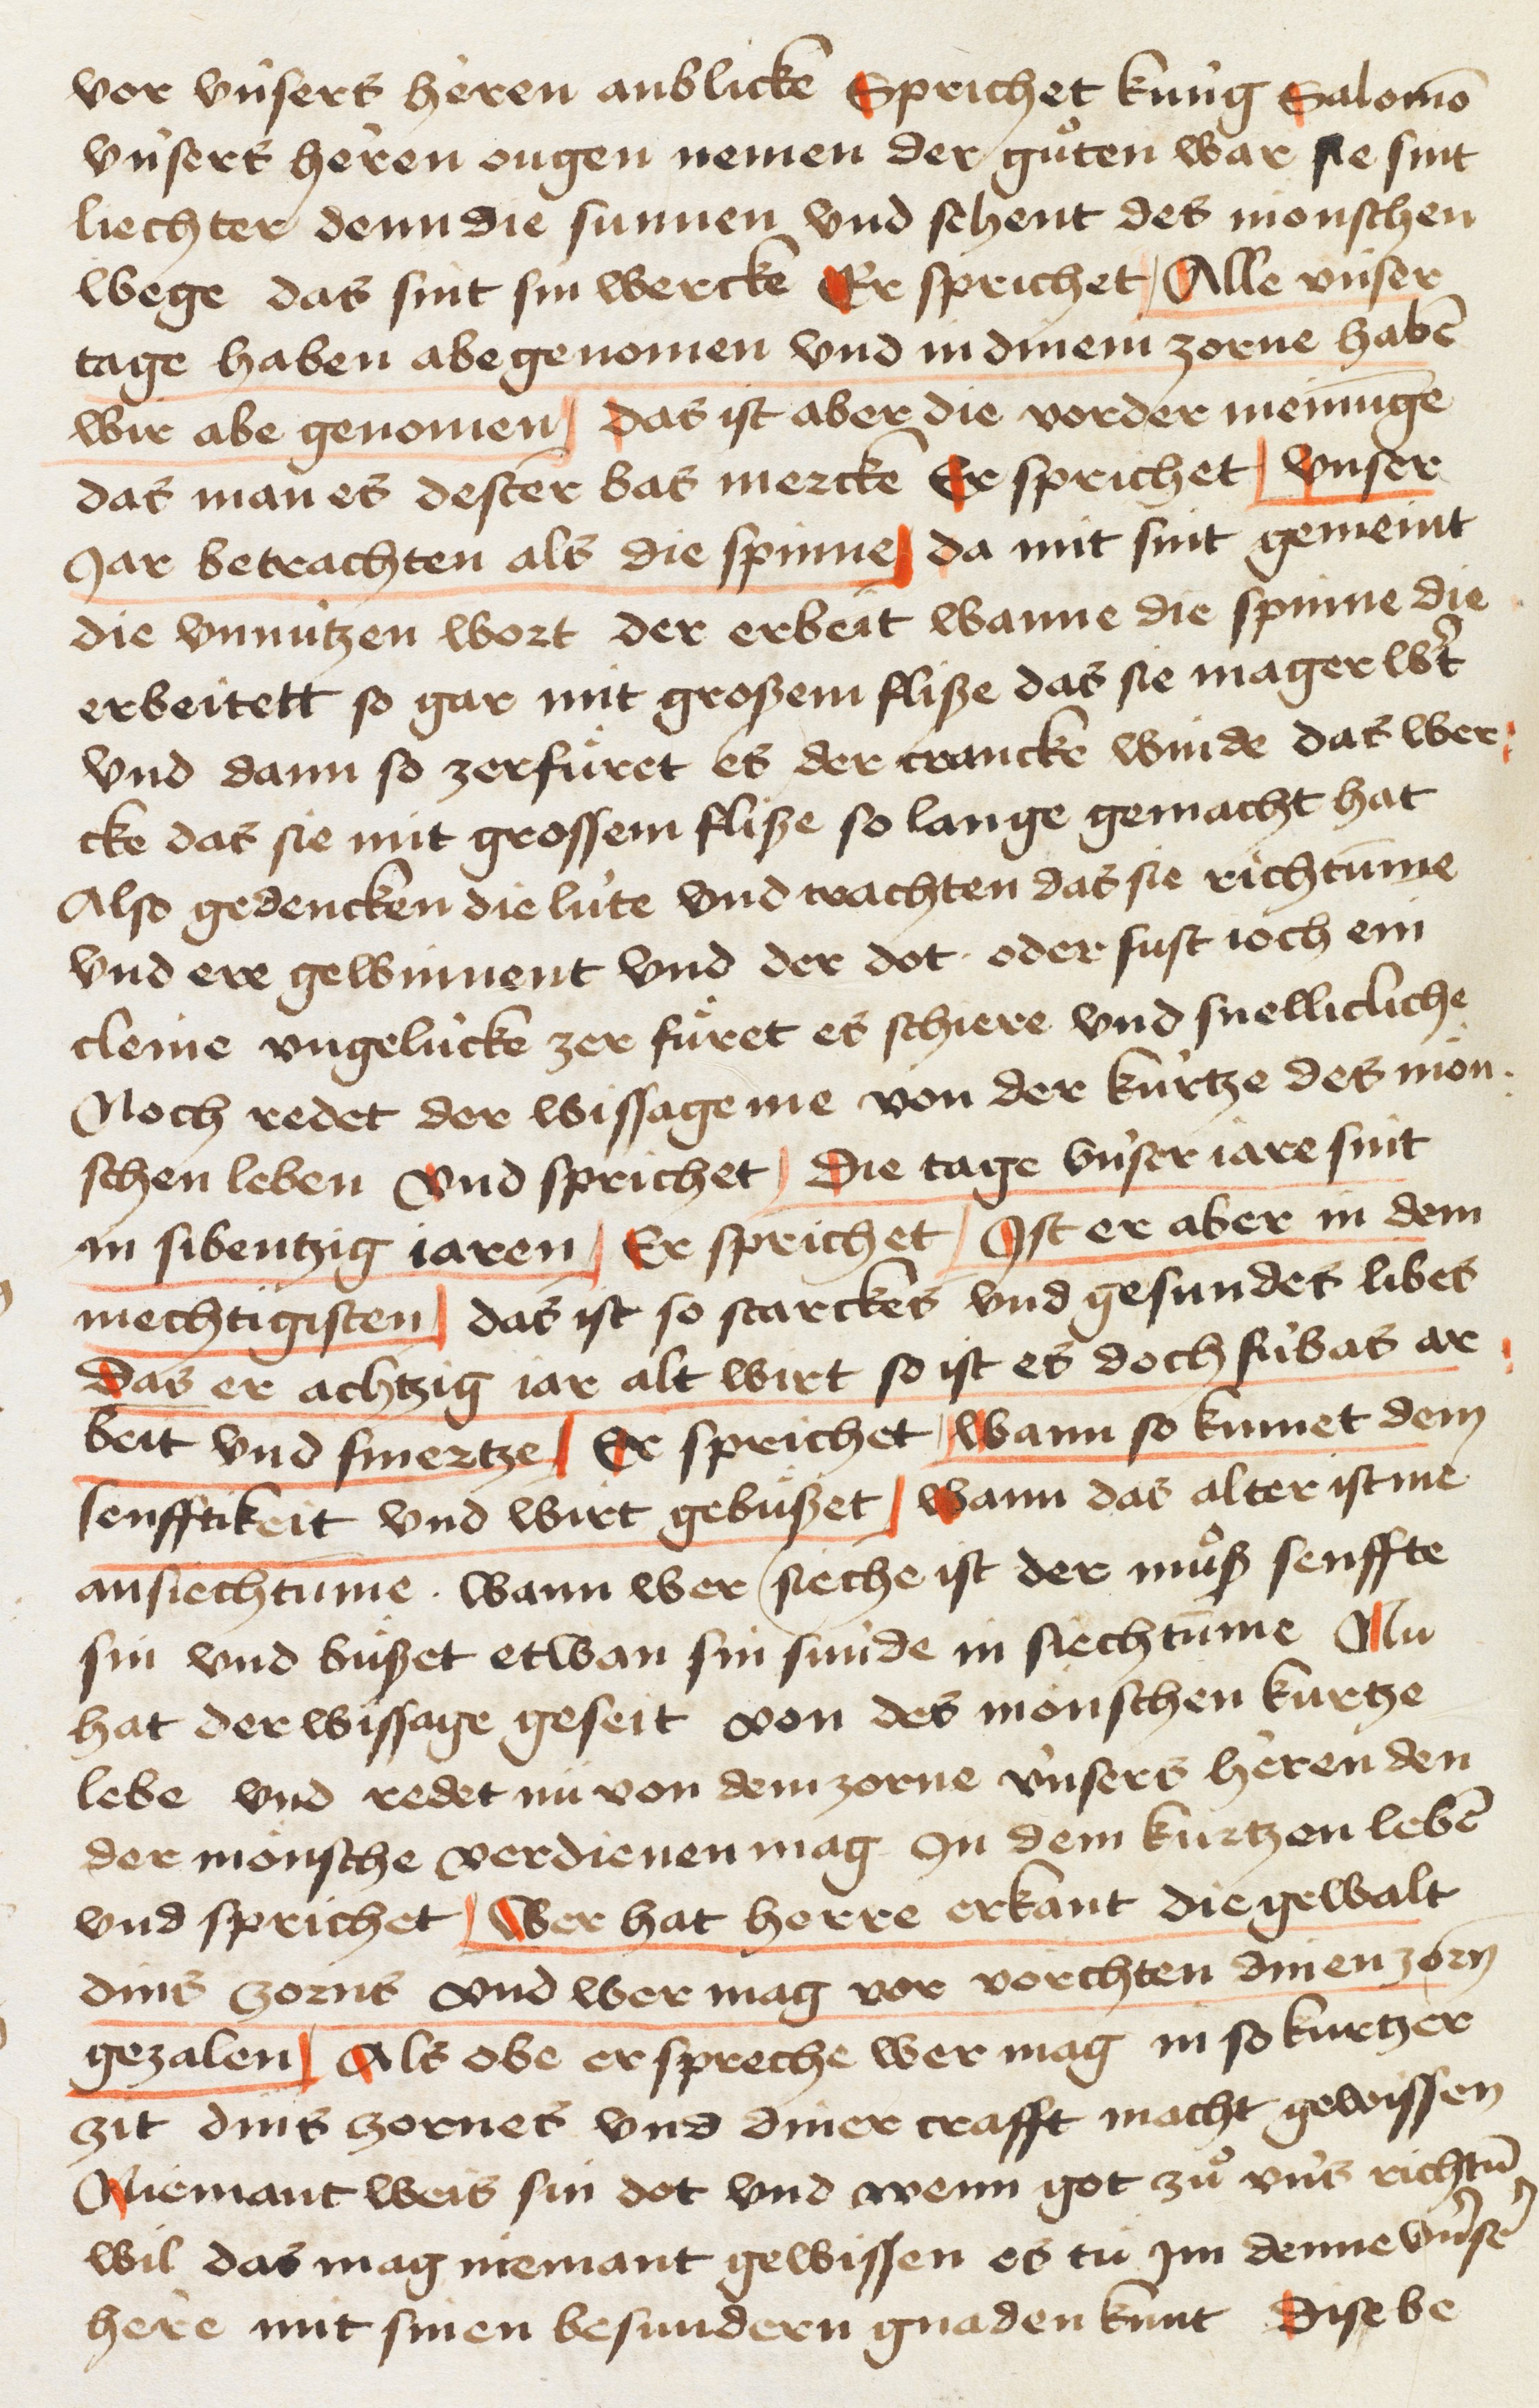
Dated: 1445–1475